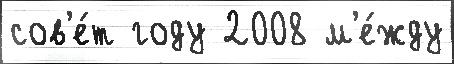
сов'е́т году 2008 м'е́жду